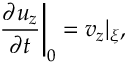
{ \frac { \partial u _ { z } } { \partial t } } \bigg \vert _ { 0 } = v _ { z } | _ { \xi } ,